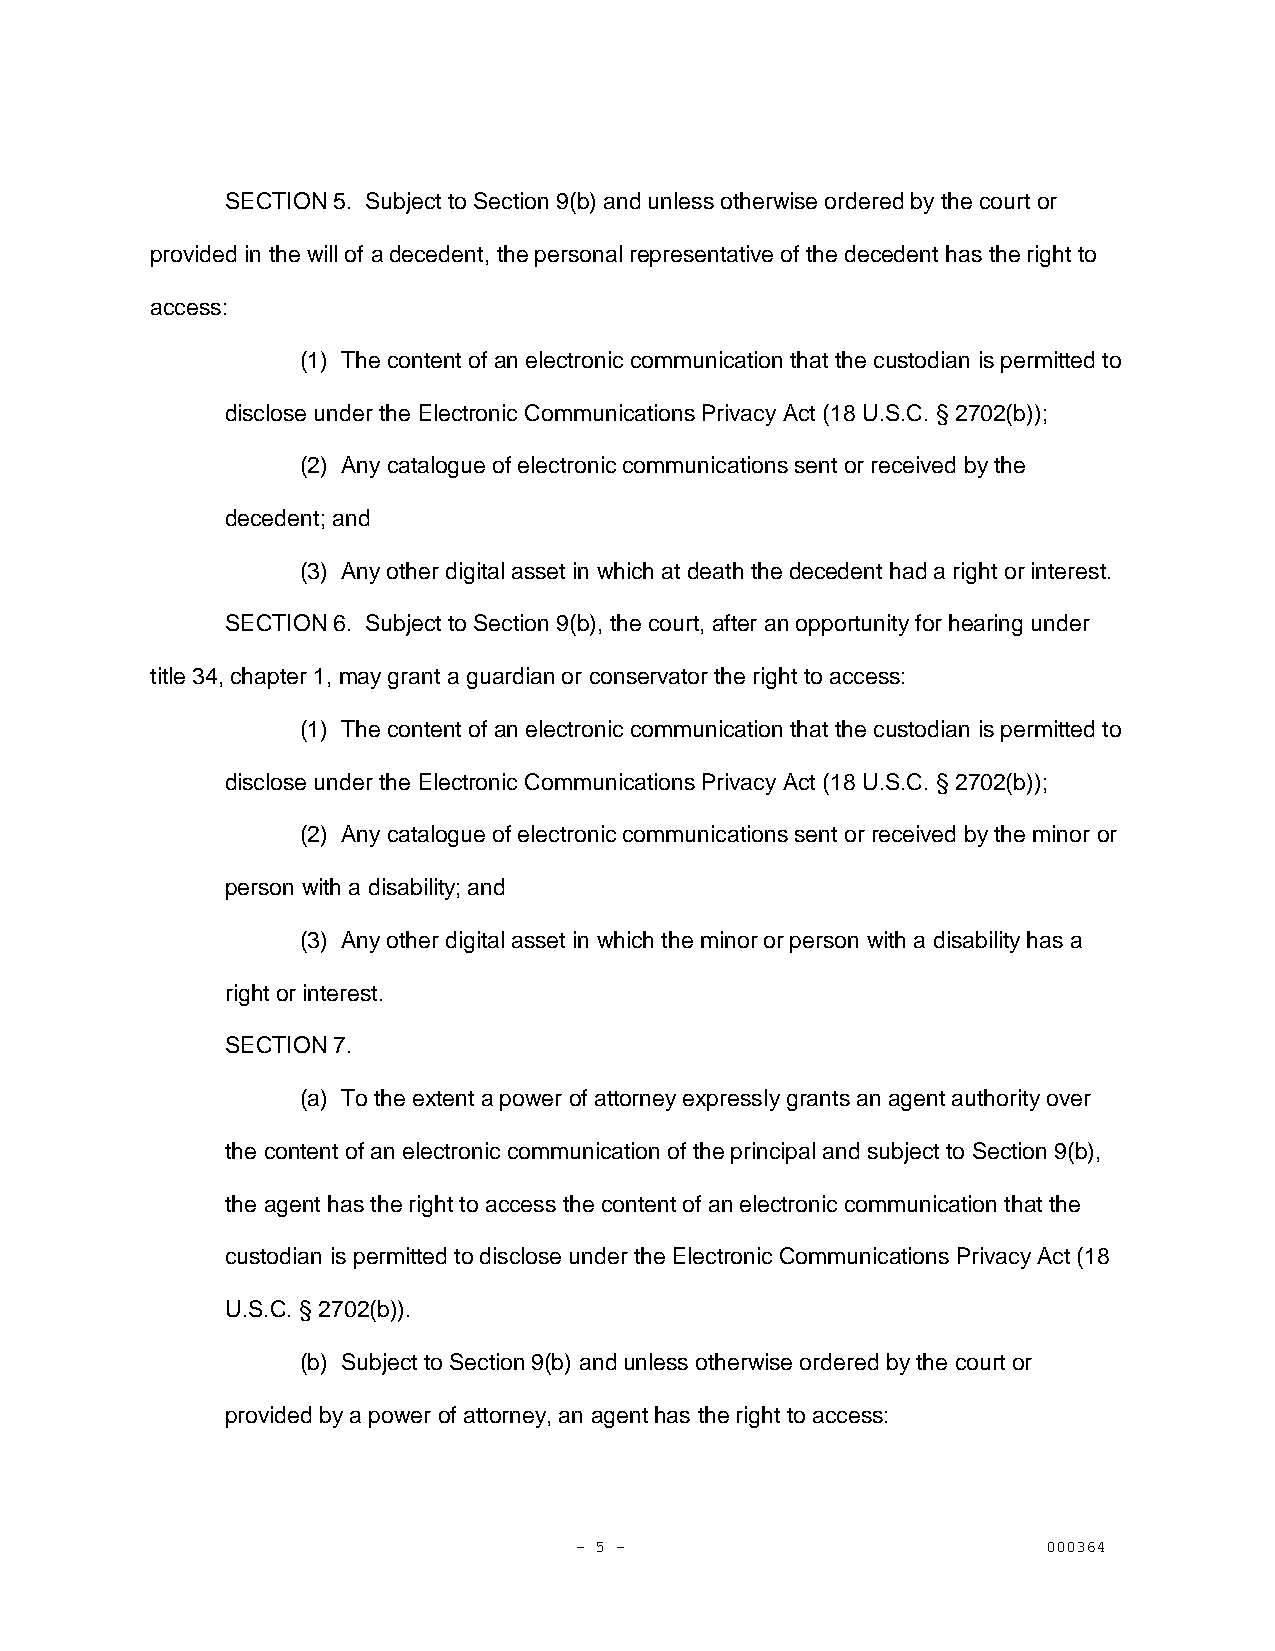
SECTION 5. Subject to Section 9(b) and unless otherwise ordered by the court or
 provided in the will of a decedent, the personal representative of the decedent has the right to
 access:
 (1) The content of an electronic communication that the custodian is permitted to
 disclose under the Electronic Communications Privacy Act (18 U.S.C. § 2702(b));
 (2) Any catalogue of electronic communications sent or received by the
 decedent; and
 (3) Any other digital asset in which at death the decedent had a right or interest.
 SECTION 6. Subject to Section 9(b), the court, after an opportunity for hearing under
 title 34, chapter 1, may grant a guardian or conservator the right to access:
 (1) The content of an electronic communication that the custodian is permitted to
 disclose under the Electronic Communications Privacy Act (18 U.S.C. § 2702(b));
 (2) Any catalogue of electronic communications sent or received by the minor or
 person with a disability; and
 (3) Any other digital asset in which the minor or person with a disability has a
 right or interest.
 SECTION 7.
 (a) To the extent a power of attorney expressly grants an agent authority over
 the content of an electronic communication of the principal and subject to Section 9(b),
 the agent has the right to access the content of an electronic communication that the
 custodian is permitted to disclose under the Electronic Communications Privacy Act (18
 U.S.C. § 2702(b)).
 (b) Subject to Section 9(b) and unless otherwise ordered by the court or
 provided by a power of attorney, an agent has the right to access:
 - 5 -                          000364